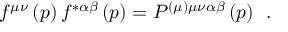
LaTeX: f ^ { \mu \nu } \left( p \right) f ^ { * \alpha \beta } \left( p \right) = P ^ { ( \mu ) \mu \nu \alpha \beta } \left( p \right) \; \, .